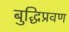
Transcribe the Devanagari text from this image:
बुद्धिप्रवण